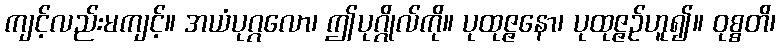
ကျင့်လည်းမကျင့်။ အယံပုဂ္ဂလော၊ ဤပုဂ္ဂိုလ်ကို။ ပုထုဇ္ဇနော၊ ပုထုဇ္ဇဉ်ဟူ၍။ ဝုစ္စတိ၊